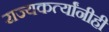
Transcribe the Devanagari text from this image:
राज्यकर्त्यांनीही